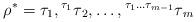
LaTeX: \begin{align*} \rho^{*} = \tau_1,\prescript{\tau_1}{}\tau_2,\ldots, \prescript{\tau_1\ldots\tau_{m-1}}{}\tau_m \end{align*}